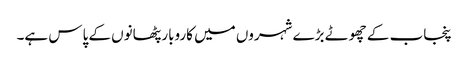
پنجاب کے چھوٹے بڑے شہروں میں کاروبار پٹھانوں کے پاس ہے۔